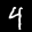
Label: 4